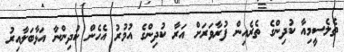
ތެލެސީމިއާ ކުދިންގެ ތެރެއިން ފުރާވަރަށް އަރާ ކުދިންގެ އުމުރު އެހެން ކުދިންނާ އަޅާބަލާއިރު